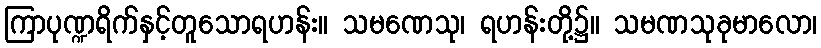
ကြာပုဏ္ဍရိက်နှင့်တူသောရဟန်း။ သမဏေသု၊ ရဟန်းတို့၌။ သမဏသုခုမာလော၊